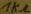
Text: 1kΩ